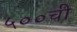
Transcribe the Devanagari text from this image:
५००ची